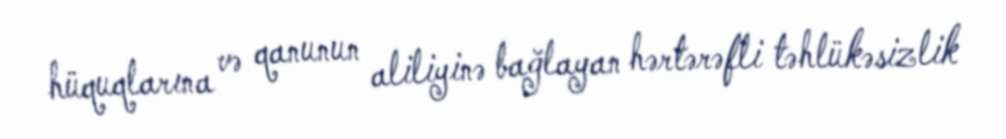
hüquqlarına və qanunun aliliyinə bağlayan hərtərəfli təhlükəsizlik